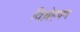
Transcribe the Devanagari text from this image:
विश्लेहषण